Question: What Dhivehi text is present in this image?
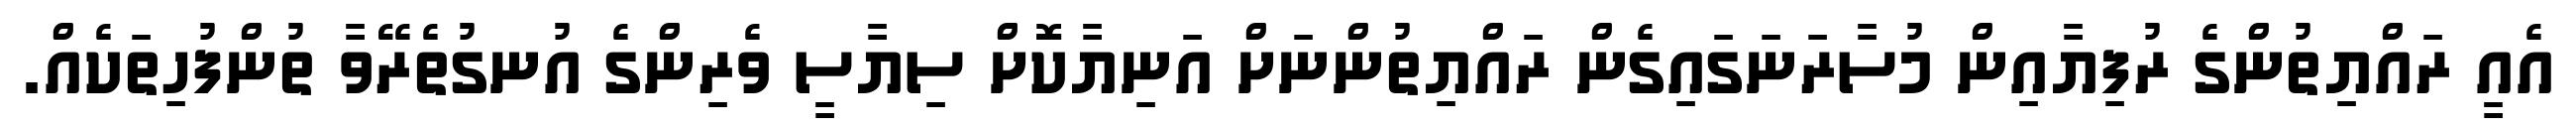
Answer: އެއީ ރައްޔިތުންގެ ރުފިޔާއިން މުސާރަނަގައިގެން ރައްޔިތުންނަށް އަނިޔާކޮށް ސިޔާސީ ވެރިންގެ އުނގުތެރޭވާ ތުންފުހިތަކެއް.